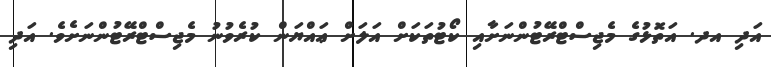
އަދި އދ. އަތޮޅުގެ މެޖިސްޓްރޭޓުންނަށާއި ކޯޓުތަކަށް އަލަށް ޢައްޔަން ކުރެވުނު މެޖިސްޓްރޭޓުންނަށެވެ. އަދި